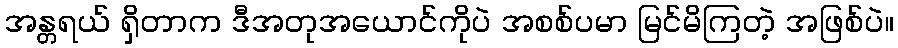
အန္တရယ် ရှိတာက ဒီအတုအယောင်ကိုပဲ အစစ်ပမာ မြင်မိကြတဲ့ အဖြစ်ပဲ။